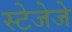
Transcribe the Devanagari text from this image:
स्टेजेजे